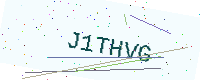
Text: J1THVG